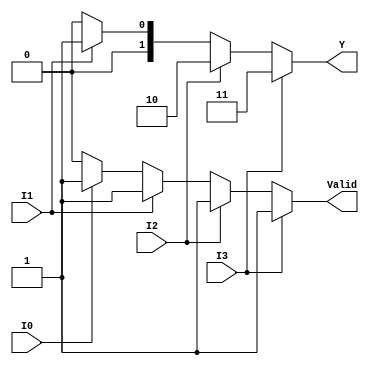
module encoder_4to2 (
    input wire I0, 
    input wire I1, 
    input wire I2, 
    input wire I3, 
    output reg [1:0] Y, 
    output reg Valid
);

// Combinational logic for encoding
always @(*) begin
    // Default values
    Y = 2'b00;
    Valid = 1'b0;

    // Priority encoding
    if (I3) begin
        Y = 2'b11; // Output for I3
        Valid = 1'b1;
    end else if (I2) begin
        Y = 2'b10; // Output for I2
        Valid = 1'b1;
    end else if (I1) begin
        Y = 2'b01; // Output for I1
        Valid = 1'b1;
    end else if (I0) begin
        Y = 2'b00; // Output for I0
        Valid = 1'b1;
    end
    // If no inputs are active, Y remains 00 and Valid remains 0
end

endmodule